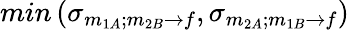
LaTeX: min\left(\sigma_{m_{1A};m_{2B}\rightarrow f},\sigma_{m_{2A};m_{1B}\rightarrow f}\right)